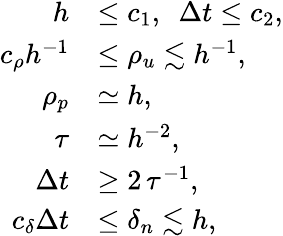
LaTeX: \begin{array}{rl}{h}&{\le c_{1},~~\Delta t\le c_{2},}\\ {c_{\rho}h^{-1}}&{\leq\rho_{u}\lesssim h^{-1},}\\ {\rho_{p}}&{\simeq h,}\\ {\tau}&{\simeq h^{-2},}\\ {\Delta t}&{\geq 2\, \tau^{-1},}\\ {c_{\delta}\Delta t}&{\le\delta_{n}\lesssim h,}\end{array}